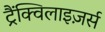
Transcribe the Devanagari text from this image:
ट्रैंक्विलाइज़र्स